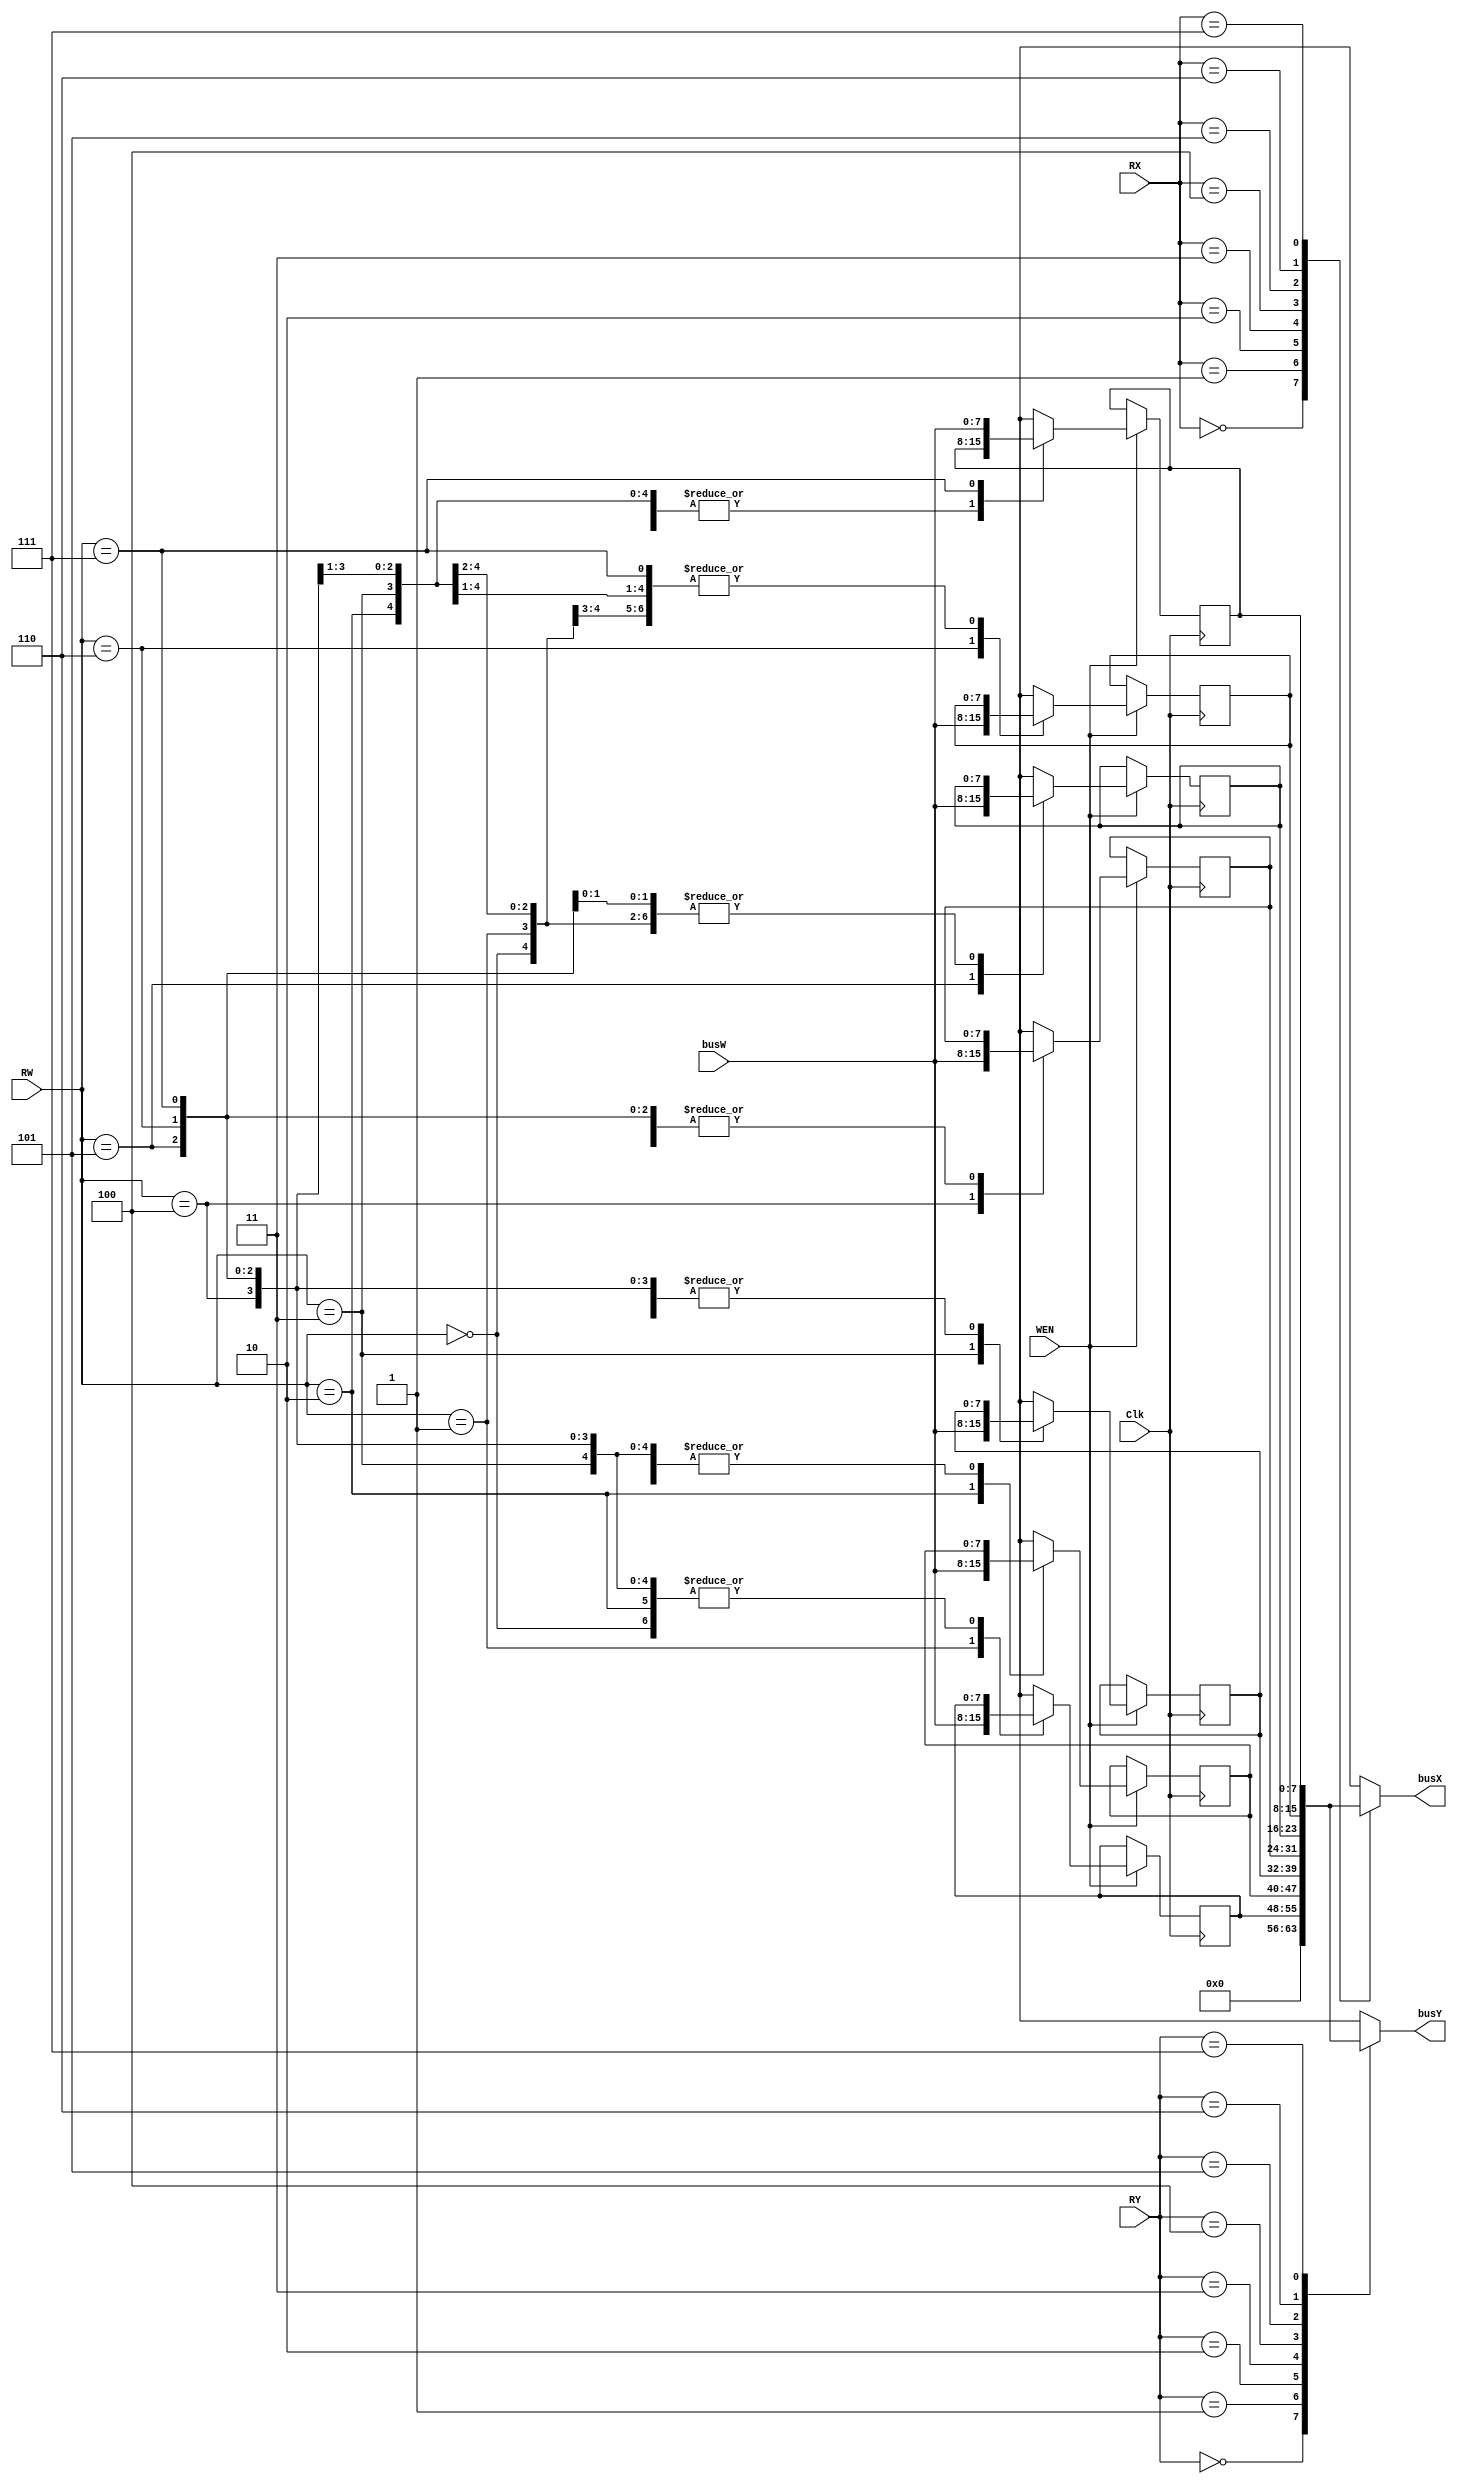
module register_file(
    Clk  ,
    WEN  ,
    RW   ,
    busW ,
    RX   ,
    RY   ,
    busX ,
    busY
);
input        Clk, WEN;
input  [2:0] RW, RX, RY;
input  [7:0] busW;
output reg [7:0] busX, busY;
    
// write your design here, you can delcare your own wires and regs. 
// The code below is just an eaxmple template
reg [7:0] r0_w, r1_w, r2_w, r3_w, r4_w, r5_w, r6_w, r7_w;
reg [7:0] r0_r, r1_r, r2_r, r3_r, r4_r, r5_r, r6_r, r7_r;

always@(*) begin
    r0_r = 0;
    
    if(WEN==1) begin
        case(RW)
            3'd0: begin
                r0_w = 0;
                r1_w = r1_r;
                r2_w = r2_r;
                r3_w = r3_r;
                r4_w = r4_r;
                r5_w = r5_r;
                r6_w = r6_r;
                r7_w = r7_r;
            end
            3'd1: begin
                r0_w = r0_r;
                r1_w = busW;
                r2_w = r2_r;
                r3_w = r3_r;
                r4_w = r4_r;
                r5_w = r5_r;
                r6_w = r6_r;
                r7_w = r7_r;
            end
            3'd2: begin
                r0_w = r0_r;
                r1_w = r1_r;
                r2_w = busW;
                r3_w = r3_r;
                r4_w = r4_r;
                r5_w = r5_r;
                r6_w = r6_r;
                r7_w = r7_r;
            end
            3'd3: begin
                r0_w = r0_r;
                r1_w = r1_r;
                r2_w = r2_r;
                r3_w = busW;
                r4_w = r4_r;
                r5_w = r5_r;
                r6_w = r6_r;
                r7_w = r7_r;
            end
            3'd4: begin
                r0_w = r0_r;
                r1_w = r1_r;
                r2_w = r2_r;
                r3_w = r3_r;
                r4_w = busW;
                r5_w = r5_r;
                r6_w = r6_r;
                r7_w = r7_r;
            end
            3'd5: begin
                r0_w = r0_r;
                r1_w = r1_r;
                r2_w = r2_r;
                r3_w = r3_r;
                r4_w = r4_r;
                r5_w = busW;
                r6_w = r6_r;
                r7_w = r7_r;
            end
            3'd6: begin
                r0_w = r0_r;
                r1_w = r1_r;
                r2_w = r2_r;
                r3_w = r3_r;
                r4_w = r4_r;
                r5_w = r5_r;
                r6_w = busW;
                r7_w = r7_r;
            end
            3'd7: begin
                r0_w = r0_r;
                r1_w = r1_r;
                r2_w = r2_r;
                r3_w = r3_r;
                r4_w = r4_r;
                r5_w = r5_r;
                r6_w = r6_r;
                r7_w = busW;
            end
            default: begin
                r0_w = r0_r;
                r1_w = r1_r;
                r2_w = r2_r;
                r3_w = r3_r;
                r4_w = r4_r;
                r5_w = r5_r;
                r6_w = r6_r;
                r7_w = r7_r;
            end
        endcase
    end
    else begin
        r0_w = r0_r;
        r1_w = r1_r;
        r2_w = r2_r;
        r3_w = r3_r;
        r4_w = r4_r;
        r5_w = r5_r;
        r6_w = r6_r;
        r7_w = r7_r;
    end

    case(RX)
        3'd0: busX = r0_r;
        3'd1: busX = r1_r;
        3'd2: busX = r2_r;
        3'd3: busX = r3_r;
        3'd4: busX = r4_r;
        3'd5: busX = r5_r;
        3'd6: busX = r6_r;
        3'd7: busX = r7_r;
        default: busX = 0;
    endcase

    case(RY)
        3'd0: busY = r0_r;
        3'd1: busY = r1_r;
        3'd2: busY = r2_r;
        3'd3: busY = r3_r;
        3'd4: busY = r4_r;
        3'd5: busY = r5_r;
        3'd6: busY = r6_r;
        3'd7: busY = r7_r;
        default: busY = 0;
    endcase
end

always@(posedge Clk) begin
    r0_r <= r0_w;
    r1_r <= r1_w;
    r2_r <= r2_w;
    r3_r <= r3_w;
    r4_r <= r4_w;
    r5_r <= r5_w;
    r6_r <= r6_w;
    r7_r <= r7_w;
end	

endmodule